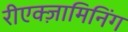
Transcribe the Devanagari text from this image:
रीएक्ज़ामिनिंग